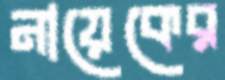
নায়েকের